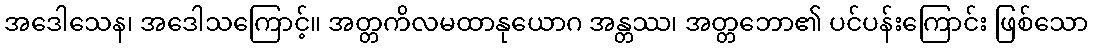
အဒေါသေန၊ အဒေါသကြောင့်။ အတ္တကိလမထာနုယောဂ အန္တဿ၊ အတ္တဘော၏ ပင်ပန်းကြောင်း ဖြစ်သော